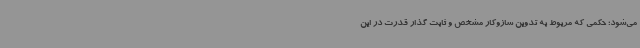
می‌شود؛ حکمی که مربوط به تدوین سازوکار مشخص و ثابت گذار قدرت در این